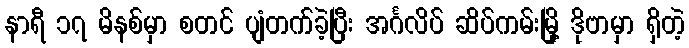
နာရီ ၁၇ မိနစ်မှာ စတင် ပျံတက်ခဲ့ပြီး အင်္ဂလိပ် ဆိပ်ကမ်းမြို့ ဒိုဗာမှာ ရှိတဲ့